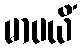
မာပယိံ